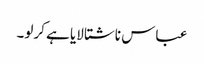
عباس ناشتا لایا ہے کرلو۔